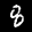
Label: 8